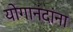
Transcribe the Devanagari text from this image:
योगानंदांना